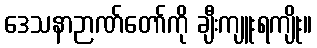
ဒေသနာဉာဏ်တော်ကို ချီးကျူးရကျိုး။